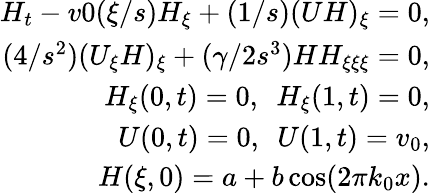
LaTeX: \begin{array}{r}{H_{t}-v0(\xi/s)H_{\xi}+(1/s)(UH)_{\xi}=0,}\\ {(4/s^{2})(U_{\xi}H)_{\xi}+(\gamma/2s^{3})HH_{\xi\xi\xi}=0,}\\ {H_{\xi}(0,t)=0,\ \ H_{\xi}(1,t)=0,}\\ {U(0,t)=0,\ \ U(1,t)=v_{0},}\\ {H(\xi,0)=a+b\cos(2\pi k_{0}x).}\end{array}